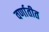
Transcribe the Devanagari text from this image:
वर्णातीत